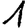
Digit: 1